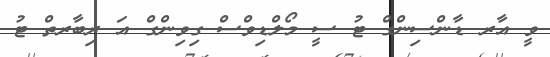
ވީ އާރ ޑާންސިންގް ޓު ސީ މޯލްޑިވްސް ގިވިންގް އަ ރިބާރތް ޓު